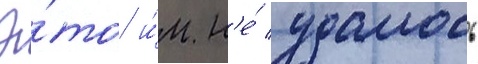
Э́то и́м н'е́ удалось